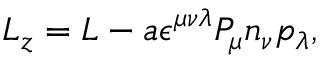
L _ { z } = L - a \epsilon ^ { \mu \nu \lambda } P _ { \mu } n _ { \nu } p _ { \lambda } ,